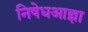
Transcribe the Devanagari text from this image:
निषेधआज्ञा